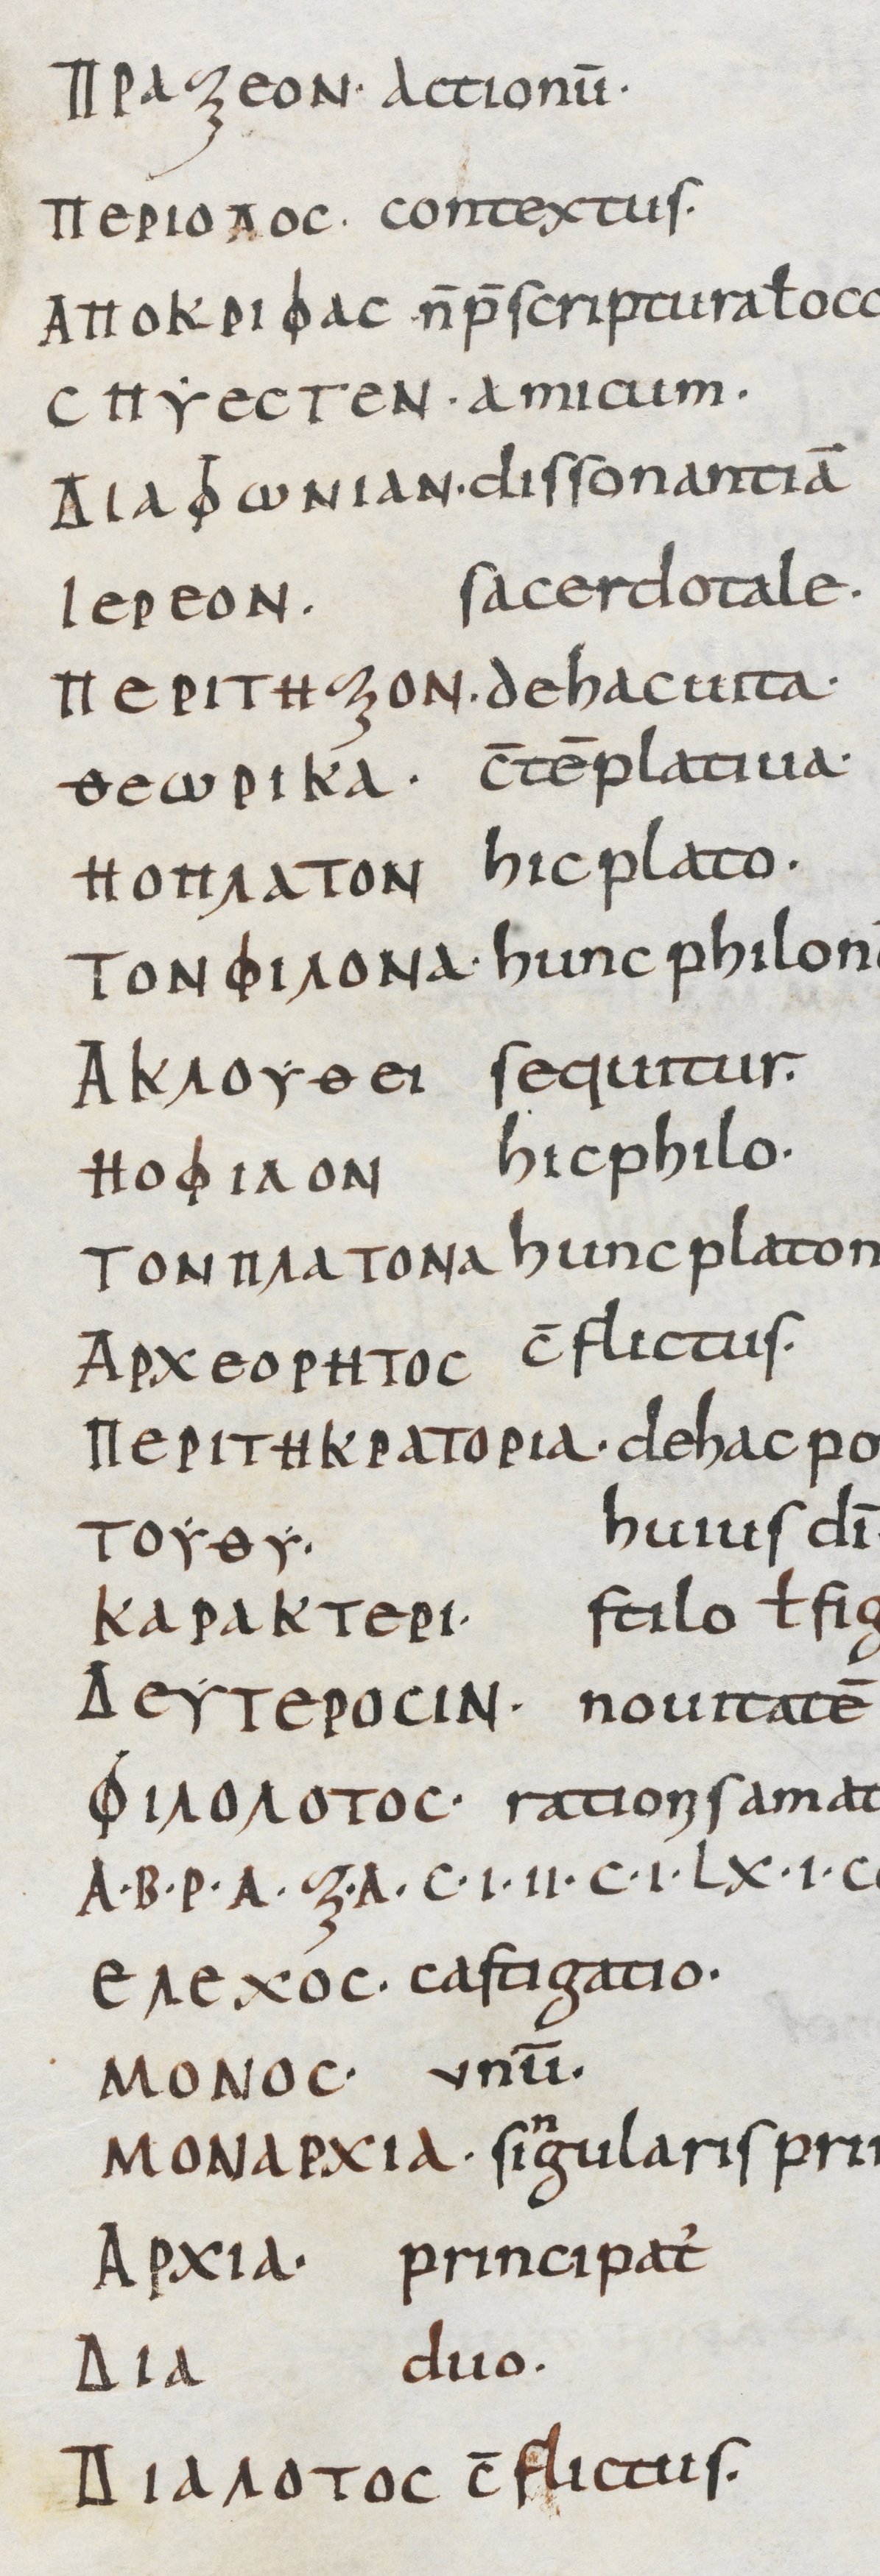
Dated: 800–999